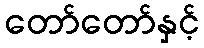
တော်တော်နှင့်